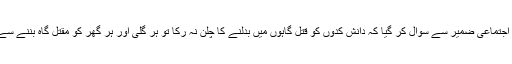
چھٹا طالب علم قوم کے اجتماعی ضمیر سے سوال کر گیا کہ دانش کدوں کو قتل گاہوں میں بدلنے کا چلن نہ رکا تو ہر گلی اور ہر گھر کو مقتل گاہ بننے سے کیسے روک پاؤ گے ۔